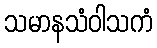
သမာနသံဝါသကံ